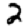
Digit: 2